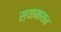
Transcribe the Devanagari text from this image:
स्यामायन